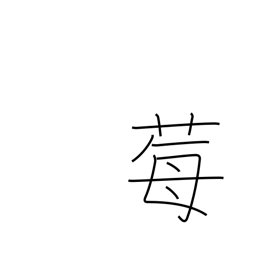
Meaning: wild strawberry